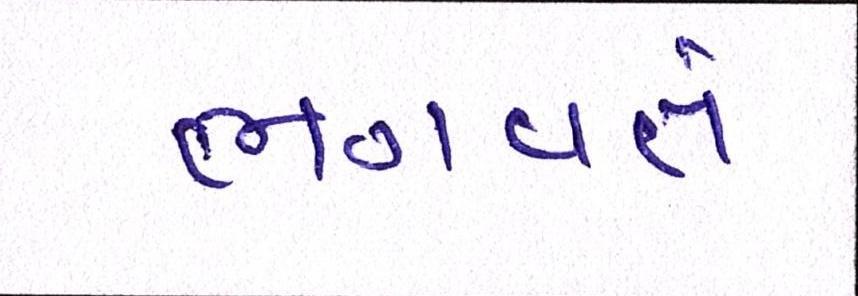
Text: ભગવતં